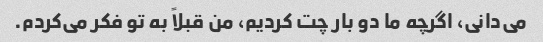
می‌دانی، اگرچه ما دو بار چت کردیم، من قبلاً به تو فکر می‌کردم.